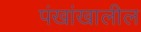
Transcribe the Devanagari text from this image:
पंखांखालील